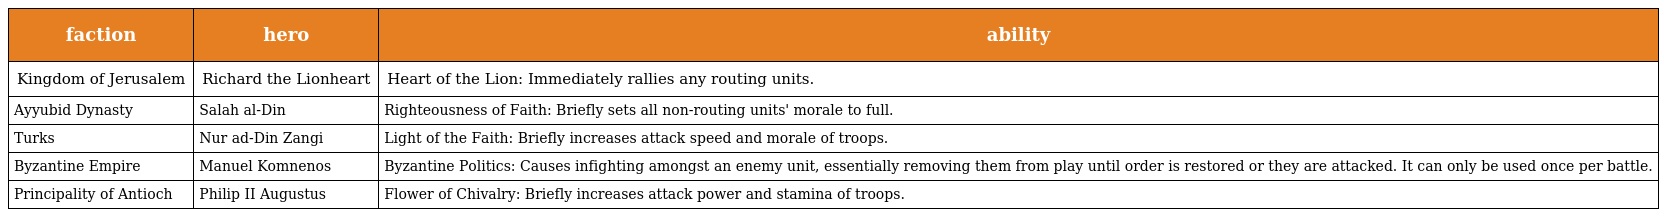
| faction | hero | ability |
 | --- | --- | --- |
 | Kingdom of Jerusalem | Richard the Lionheart | Heart of the Lion: Immediately rallies any routing units. |
 | Ayyubid Dynasty | Salah al-Din | Righteousness of Faith: Briefly sets all non-routing units' morale to full. |
 | Turks | Nur ad-Din Zangi | Light of the Faith: Briefly increases attack speed and morale of troops. |
 | Byzantine Empire | Manuel Komnenos | Byzantine Politics: Causes infighting amongst an enemy unit, essentially removing them from play until order is restored or they are attacked. It can only be used once per battle. |
 | Principality of Antioch | Philip II Augustus | Flower of Chivalry: Briefly increases attack power and stamina of troops. |